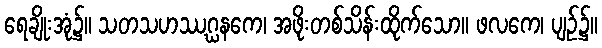
ရေချိုးအုံ၌။ သတသဟဿဂ္ဃနကေ၊ အဖိုးတစ်သိန်းထိုက်သော။ ဖလကေ၊ ပျဉ်၌။